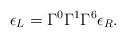
LaTeX: \begin{align*}\epsilon_L = \Gamma^0 \Gamma^1 \Gamma^6 \epsilon_R.\end{align*}